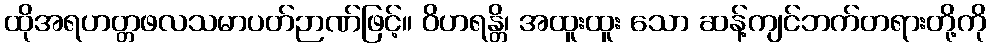
ထိုအရဟတ္တဖလသမာပတ်ဉာဏ်ဖြင့်။ ဝိဟရန္တိ၊ အထူးထူး သော ဆန့်ကျင်ဘက်တရားတို့ကို